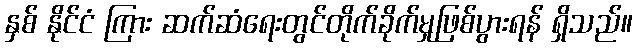
နှစ် နိုင်ငံ ကြား ဆက်ဆံရေးတွင်တိုက်ခိုက်မှုဖြစ်ပွားရန် ရှိသည်။